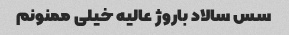
سس سالاد باروژ عالیه خیلی ممنونم